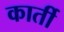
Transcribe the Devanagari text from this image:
कार्ती